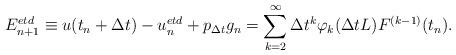
LaTeX: \begin{align*}E_{n+1}^{etd} \equiv u(t_n+\Delta t) - u_n^{etd} + p_{\Delta t}g_n = \sum_{k=2}^{\infty}{\Delta t^k\varphi_k(\Delta t L)F^{(k-1)}(t_n)}.\end{align*}